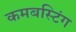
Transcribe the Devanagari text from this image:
कमबस्टिंग